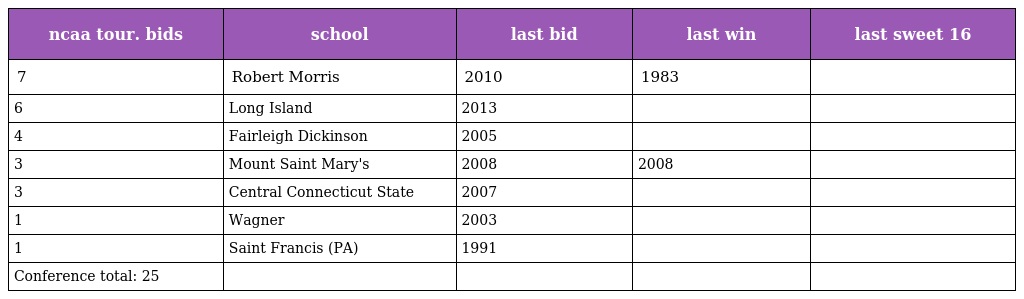
| ncaa tour. bids | school | last bid | last win | last sweet 16 |
 | --- | --- | --- | --- | --- |
 | 7 | Robert Morris | 2010 | 1983 |  |
 | 6 | Long Island | 2013 |  |  |
 | 4 | Fairleigh Dickinson | 2005 |  |  |
 | 3 | Mount Saint Mary's | 2008 | 2008 |  |
 | 3 | Central Connecticut State | 2007 |  |  |
 | 1 | Wagner | 2003 |  |  |
 | 1 | Saint Francis (PA) | 1991 |  |  |
 | Conference total: 25 |  |  |  |  |